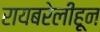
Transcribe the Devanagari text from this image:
रायबरेलीहून